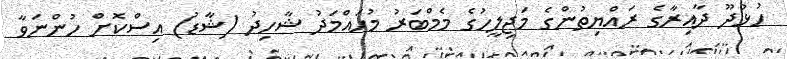
ހުޅުދޫ ދާއިރާގެ ރައްޔިތުންގެ މަޖިލީހުގެ މެމްބަރު މުހައްމަދު ޝާހިދު (ޝާޑު) އިސްކޮށް ހުންނަވާ